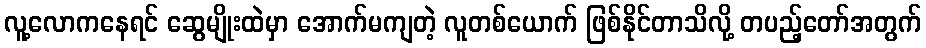
လူ့လောကနေရင် ဆွေမျိုးထဲမှာ အောက်မကျတဲ့ လူတစ်ယောက် ဖြစ်နိုင်တာသိလို့ တပည့်တော်အတွက်